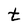
Character: t